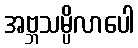
အဗ္ဘသမ္ပိလာပေါ